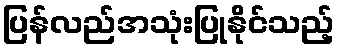
ပြန်လည်အသုံးပြုနိုင်သည့်